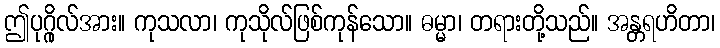
ဤပုဂ္ဂိုလ်အား။ ကုသလာ၊ ကုသိုလ်ဖြစ်ကုန်သော။ ဓမ္မာ၊ တရားတို့သည်။ အန္တရဟိတာ၊